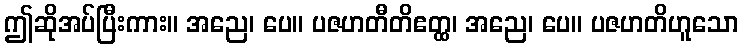
ဤဆိုအပ်ပြီးကား။ အညေ၊ ပေ။ ပဇဟတီတိဧတ္ထ၊ အညေ၊ ပေ။ ပဇဟတိဟူသော